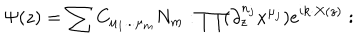
LaTeX: \Psi ( z ) = \sum C _ { \mu _ { 1 } . . . \mu _ { m } } N _ { m } : \prod ( \partial _ { z } ^ { n _ { j } } x ^ { \mu _ { j } } ) e ^ { i k \cdot X ( z ) } :